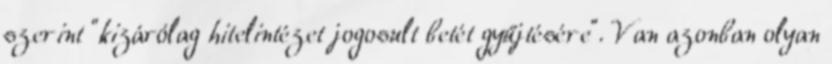
szerint "kizárólag hitelintézet jogosult betét gyűjtésére". Van azonban olyan